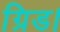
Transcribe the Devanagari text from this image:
ग्रिड।